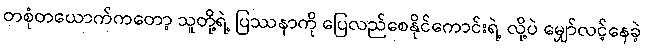
တစုံတယောက်ကတော့ သူတို့ရဲ့ ပြဿနာကို ပြေလည်စေနိုင်ကောင်းရဲ့ လို့ပဲ မျှော်လင့်နေခဲ့